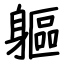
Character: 軀